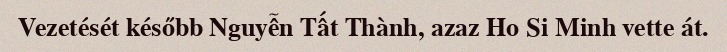
Vezetését később Nguyễn Tất Thành, azaz Ho Si Minh vette át.